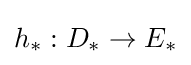
h_{*}:D_{*}\to E_{*}